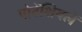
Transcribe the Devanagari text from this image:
पोटेंशियलें